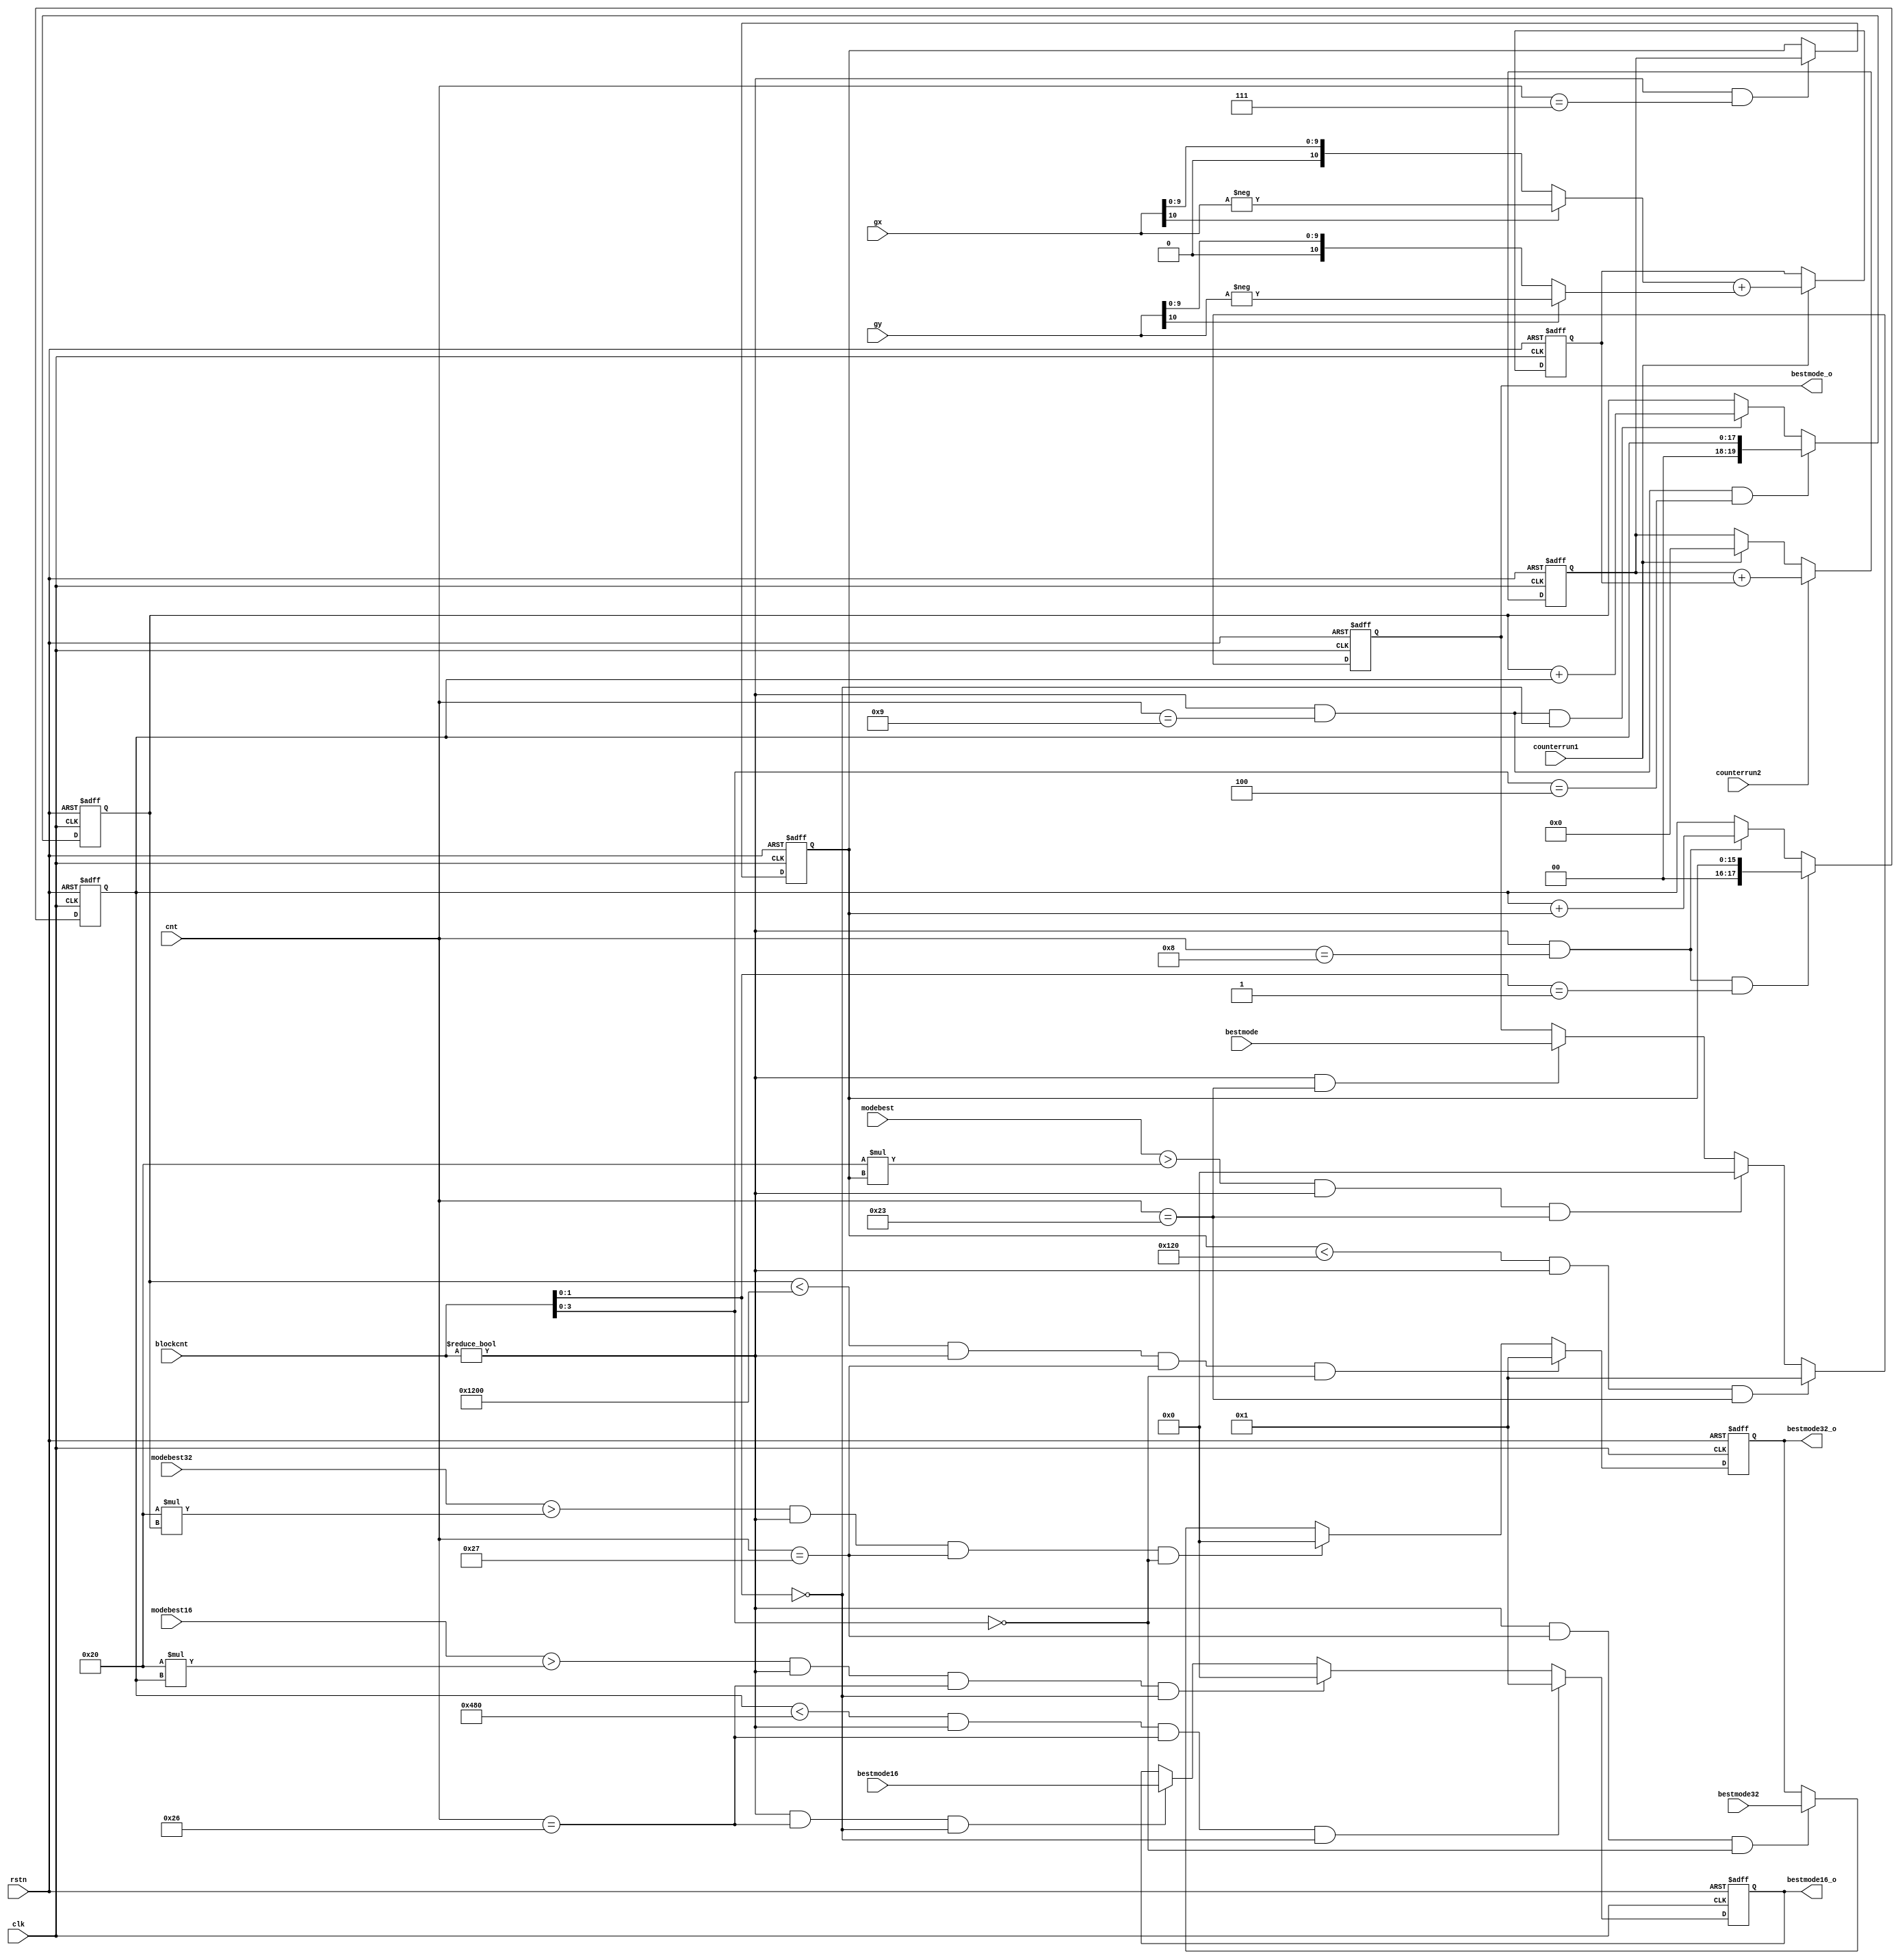
module dc_planar(
	rstn,
	clk,
	counterrun1,
	counterrun2,
	gx,
	gy,
	cnt,
	blockcnt,
	bestmode,
	bestmode16,
	bestmode32,
	modebest,
	modebest16,
	modebest32,
	bestmode_o,
	bestmode16_o,
	bestmode32_o
);
	parameter		MODE=21;
	parameter		DIGIT=0;
	parameter		DC8=288;
	parameter		DC16=1152;
	parameter		DC32=4608;
	parameter		Plan8=32;
	parameter		Plan16=32;
	parameter		Plan32=32;
	input							rstn;
	input							clk;
	input							counterrun1;
	input							counterrun2;
	input	signed	[10:0]			gx;
	input	signed	[10:0]			gy;
	input			[5:0]			cnt;
	input			[6:0]			blockcnt;
	input			[5:0]			bestmode;
	input			[5:0]			bestmode16;
	input			[5:0]			bestmode32;
	input		[MODE-DIGIT:0]		modebest;
	input		[MODE-DIGIT+2:0]	modebest16;
	input		[MODE-DIGIT+4:0]	modebest32;
	output			[5:0]			bestmode_o;
	output			[5:0]			bestmode16_o;
	output			[5:0]			bestmode32_o;
	reg			[10:0]				data_tmp;
	reg			[15:0]				modedata;
	reg			[15:0]				modedata8;
	reg			[17:0]				modedata16;
	reg			[19:0]				modedata32;
	reg			[5:0]				bestmode_o;
	reg			[5:0]				bestmode16_o;
	reg			[5:0]				bestmode32_o;
always@(posedge clk or negedge rstn)
	if(!rstn)
		data_tmp	<=	'd0;
	else if(counterrun1)
		data_tmp	<=	(gx[10]?(-gx):gx) + (gy[10]?(-gy):gy);
always@(posedge clk or negedge rstn)
	if(!rstn)
		modedata	<=	'd0;
	else if(counterrun2)
		modedata	<=	modedata+data_tmp;
	else if(counterrun1)
		modedata	<=	'd0;
always@(posedge clk or negedge rstn)
	if(!rstn)
		modedata8	<=	'd0;
	else if((blockcnt	!=	'd0)	&&	(cnt	==	'd7))
		modedata8	<=	modedata;
always@(posedge clk or negedge rstn)
	if(!rstn)
		modedata16	<=	'd0;
	else if((blockcnt	!=	'd0)	&&	(cnt	==	'd8)	&&	(blockcnt[1:0]	==	2'b01))
		modedata16	<=	modedata8;
	else if((blockcnt	!=	'd0)	&&	(cnt	==	'd8))
		modedata16	<=	modedata16+modedata8;
always@(posedge clk or negedge rstn)
	if(!rstn)
		modedata32	<=	'd0;
	else if((blockcnt	!=	'd0)	&&	(cnt	==	'd9)	&&	(blockcnt[3:0]	==	4'b0100))
		modedata32	<=	modedata16;
	else if((blockcnt	!=	'd0)	&&	(cnt	==	'd9)	&&	(blockcnt[1:0]	==	2'b00))
		modedata32	<=	modedata32+modedata16;
always@(posedge clk or negedge rstn)
	if(!rstn)
		bestmode_o	<=	'd0;
	else if((modedata8	<	DC8)	&&	(blockcnt	!=	'd0)	&&	(cnt	==	'd35))
		bestmode_o	<=	'd1;
	else if((modebest	>	Plan8 * modedata8)	&&	(blockcnt	!=	'd0)	&&	(cnt	==	'd35))
		bestmode_o	<=	'd0;
	else if((blockcnt	!=	'd0)	&&	(cnt	==	'd35))
		bestmode_o	<=	bestmode;
always@(posedge clk or negedge rstn)
	if(!rstn)
		bestmode16_o	<=	'd0;
	else if((modedata16	<	DC16)	&&	(blockcnt	!=	'd0)	&&	(cnt	==	'd38)	&&	(blockcnt[1:0]	==	2'b00))
		bestmode16_o	<=	'd1;
	else if((modebest16	>	Plan16 * modedata16)	&&	(blockcnt	!=	'd0)	&&	(cnt	==	'd38)	&&	(blockcnt[1:0]	==	2'b00))
		bestmode16_o	<=	'd0;
	else if((blockcnt	!=	'd0)	&&	(cnt	==	'd38)	&&	(blockcnt[1:0]	==	2'b00))
		bestmode16_o	<=	bestmode16;
always@(posedge clk or negedge rstn)
	if(!rstn)
		bestmode32_o	<=	'd0;
	else if((modedata32	<	DC32)	&&	(blockcnt	!=	'd0)	&&	(cnt	==	'd39)	&&	(blockcnt[3:0]	==	4'b0000))
		bestmode32_o	<=	'd1;
	else if((modebest32	>	Plan32 * modedata32)	&&	(blockcnt	!=	'd0)	&&	(cnt	==	'd39)	&&	(blockcnt[3:0]	==	4'b0000))
		bestmode32_o	<=	'd0;
	else if((blockcnt	!=	'd0)	&&	(cnt	==	'd39)	&&	(blockcnt[3:0]	==	4'b0000))
		bestmode32_o	<=	bestmode32;
endmodule